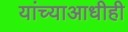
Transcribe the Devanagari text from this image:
यांच्याआधीही